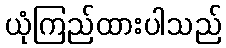
ယုံကြည်ထားပါသည်